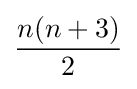
{\frac {n(n+3)}{2}}